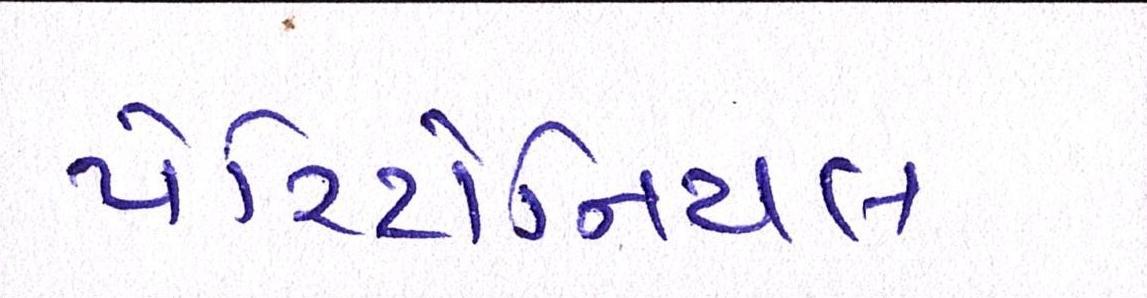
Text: પેરિટોનિયલ